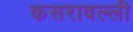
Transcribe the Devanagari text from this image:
कसरावल्ली